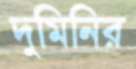
দুমিনির